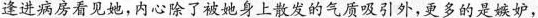
逄进病房看见她，内心除了被她身上散发的气质吸引外，更多的是嫉妒，